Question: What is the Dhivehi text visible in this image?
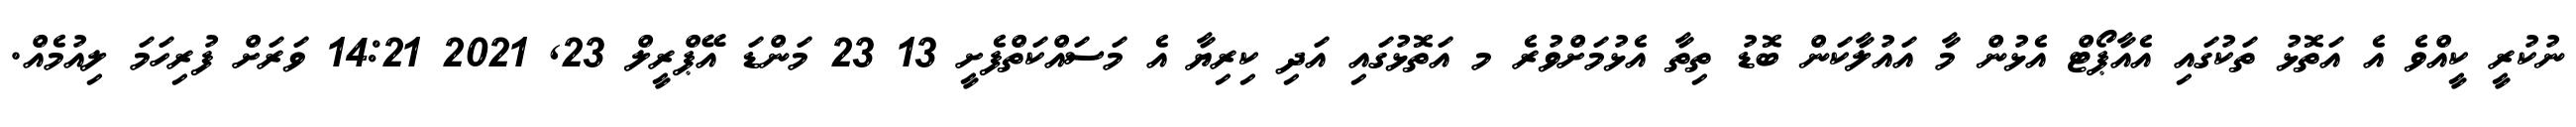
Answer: ނުކުރީ ކީއްވެ އެ އަތޮޅު ތަކުގައި އެއާޕޯޓް އެޅުން މާ އައުލާކަން ބޮޑު ތިތާ އެޅުމަށްވުރެ މ އަތޮޅުގައި އަދި ކިރިޔާ އެ މަސައްކަތްފެށީ 13 23 މަންޑަ އޭޕްރީލް 23, 2021 14:21 ވަރަށް ފުރިހަމަ ލިއުމެއް.